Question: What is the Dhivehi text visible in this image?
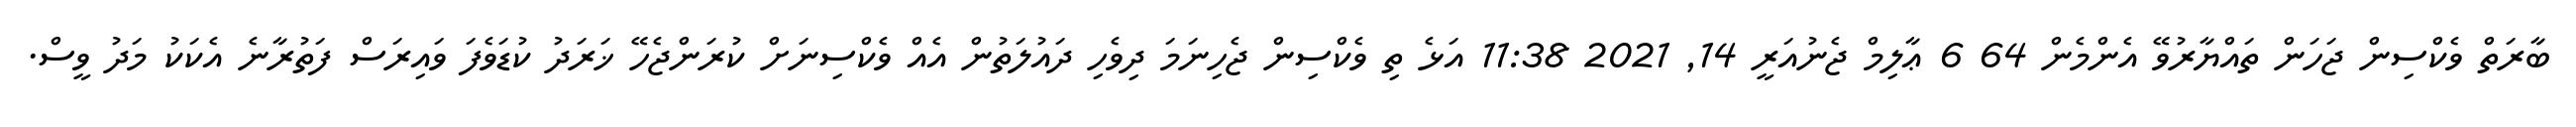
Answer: ބާރަތް ވެކްސިން ޖަހަން ތައްޔާރުވޭ އެންމެން 64 6 ޢާލިމް ޖެނުއަރީ 14, 2021 11:38 އަޅެ ތި ވެކްސިން ޖެހިނަމަ ދިވެހި ދައުލަތުން އެއް ވެކްސިނަށް ކުރަންޖެހޭ ޚަރަދު ކުޑަވެފަ ވައިރަސް ފަތުރާނެ އެކަކު މަދު ވީސް.